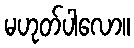
မဟုတ်ပါလော။